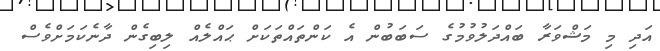
އަދި މި މަޝްވަރާ ބައްދަލުވުމުގެ ސަބަބުން އެ ކަންތައްތަކަށް ޙައްލެއް ލިބިގެން ދާނެކަމަށްވެސް